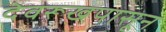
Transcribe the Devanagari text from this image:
देवरूखपासून